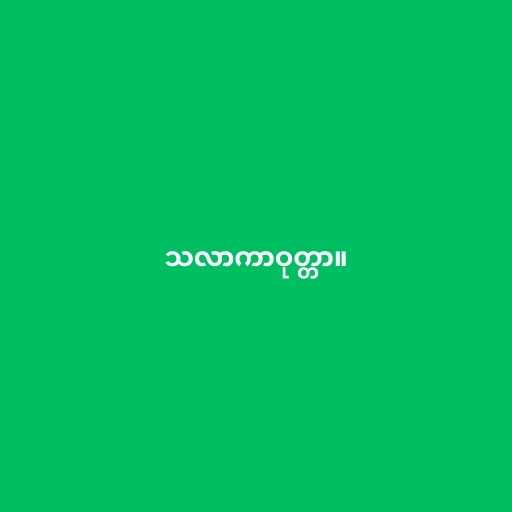
သလာကာဝုတ္တာ။